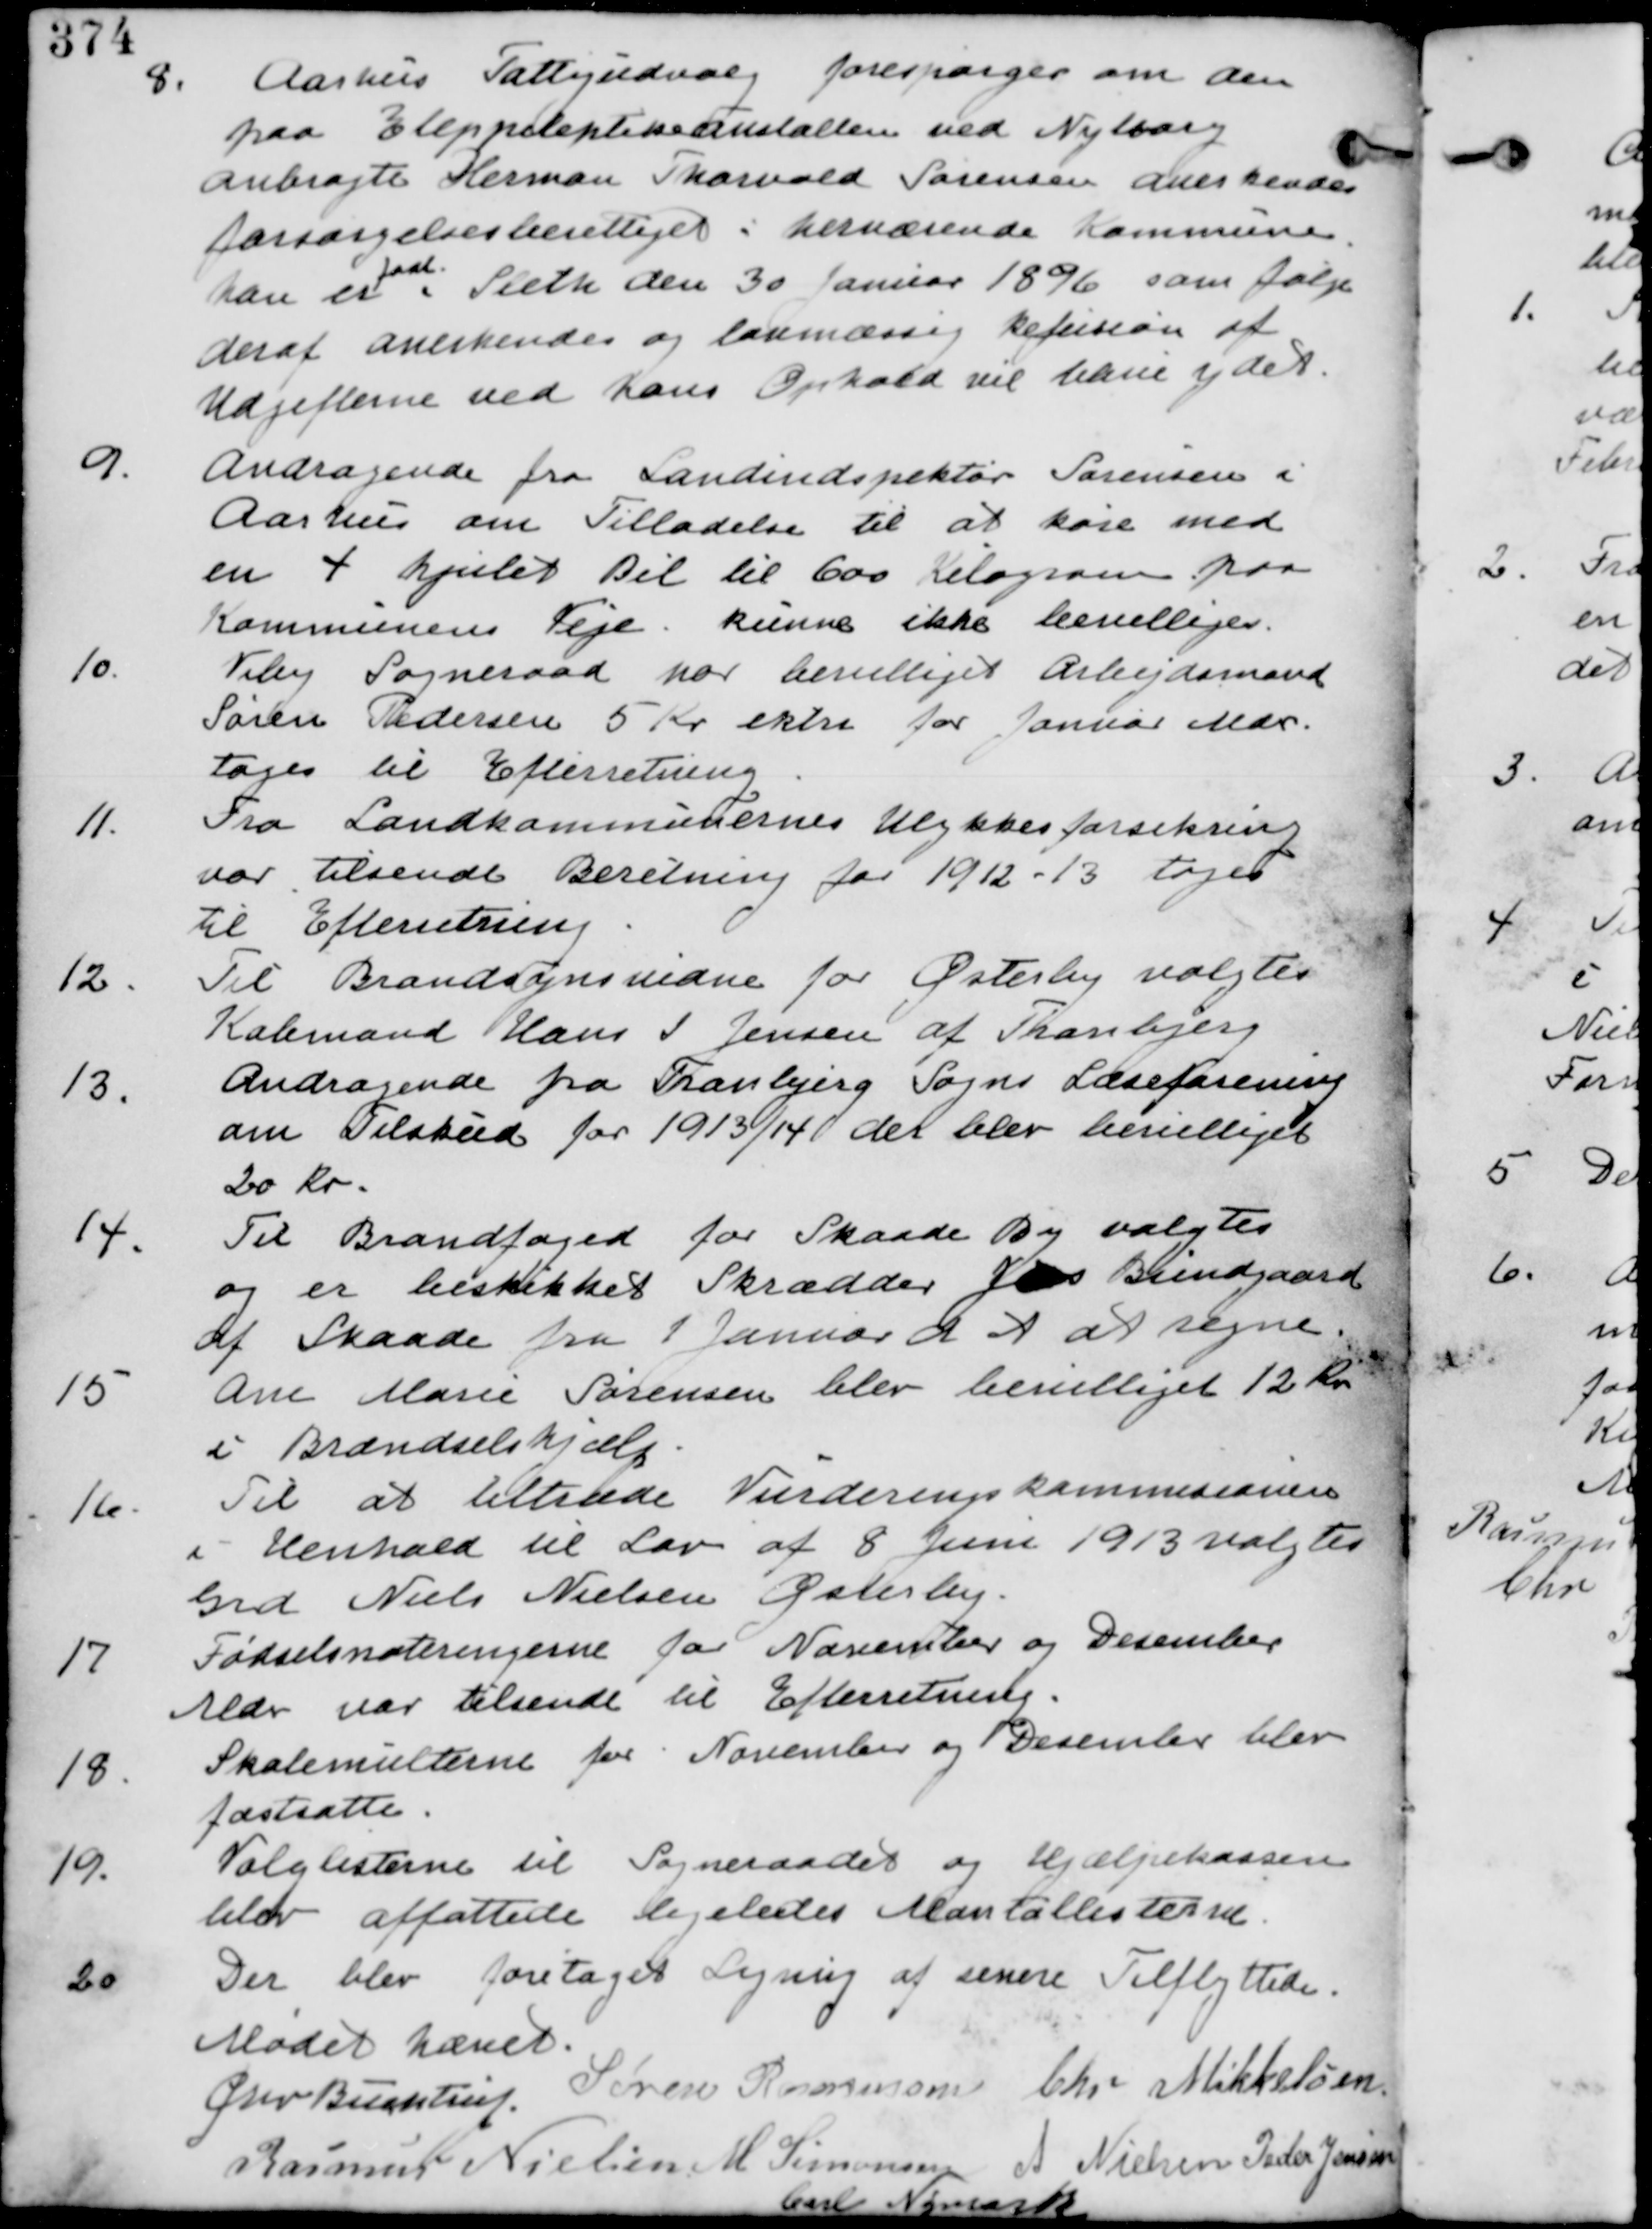
Transskription:
8. Aarhus Fattigudvalg forespørger om den
paa Eleppeleptikeanstalten ved Nyborg
anbragte Herman Thorvald Sørensen anerkendes
forsørgelsesberettiget i herværende Kommune
han er
født
i Sleth den 30 Januar 1896 som følge
deraf anerkendes og lovmæssig refusion af
Udgifterne ved hans Ophold vil have ydet

9.
Andragende fra Landinspektør Sørensen i
Aarhus om Tilladelse til at køre med
en 4 hjulet Bil til 600 Kilogram paa
Kommunens Veje. kunne ikke bevilliges

10.
Viby Sogneraad har bevilliget Arbejdsmand
Søren Pedersen 5 Kr ektra for Januar Mdr.
tages til Efterretning.

11.
Fra Landkommunernes Ulykkesforsikring
var tilsendt Beretning for 1912-13 tages
til Efterretning.

12.
Til Brandsynsvidne for Østerby valgtes
Købmand Hans I Jensen af Tranbjerg

13.
Andragende fra Tranbjerg Sogns Læseforening
om Tilskud for 1913/14 der blev bevilliget
20 Kr.

14.
Til Brandfoged for Skaade By valgtes
og er beskikket Skrædder Jens Bundgaard
af Skaade fra 1 Januar d A at regne.

15
Ane Marie Sørensen blev bevilliget 12 Kr
i Brændselshjælp.

16
Til at tiltræde Vurderingskommisionen
i Henhold til Lov af 8 Juni 1913 valgtes
Grd Niels Nielsen Østerby.

17
Fødselsnoteringerne for November og December
Mdr var tilsendt til Efterretning

18. Skolemulterne for November og December blev
fastsatte.

19.
Valglisterne til Sogneraadet og Hjælpekassen
blev affattede ligeledes Mantallisterne

20
Der blev foretaget Ligning af senere Tilflyttere

Mødet hævet
Chr Buchtrup
Søren Rasmussen Chr Mikkelsen
Rasmus Nielsen M Simonsen A Nielsen Peder Jensen
Carl Nymark